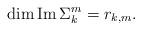
LaTeX: \begin{align*}\dim\operatorname{Im}\Sigma_k^m=r_{k,m}.\end{align*}